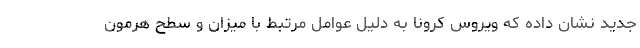
جدید نشان داده که ویروس کرونا به دلیل عوامل مرتبط با میزان و سطح هرمون